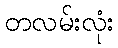
တလမ်းလုံး